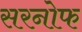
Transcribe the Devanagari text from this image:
सरनोफ